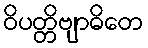
ဝိပတ္တိဗျာဓိတေ